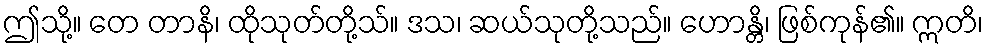
ဤသို့။ တေ တာနိ၊ ထိုသုတ်တို့သ်။ ဒသ၊ ဆယ်သုတို့သည်။ ဟောန္တိ၊ ဖြစ်ကုန်၏။ ဣတိ၊